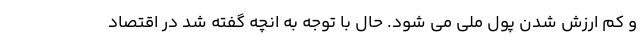
و کم ارزش شدن پول ملی می شود. حال با توجه به انچه گفته شد در اقتصاد